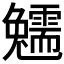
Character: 𩆟